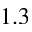
1 . 3